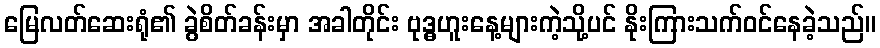
မြေလတ်ဆေးရုံ၏ ခွဲစိတ်ခန်းမှာ အခါတိုင်း ဗုဒ္ဓဟူးနေ့များကဲ့သို့ပင် နိုးကြားသက်ဝင်နေခဲ့သည်။